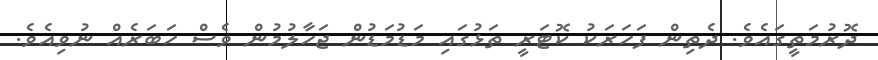
ދޮރުމަތީގައެވެ. ދެތިން ފަހަރަކު ކޮޓަރީ ތަޅުގައި މަޑުމަޑުން ޖަހާލުމުން ވެސް ހަބަރެއް ނުވިއެވެ.